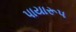
પાયારૂપ